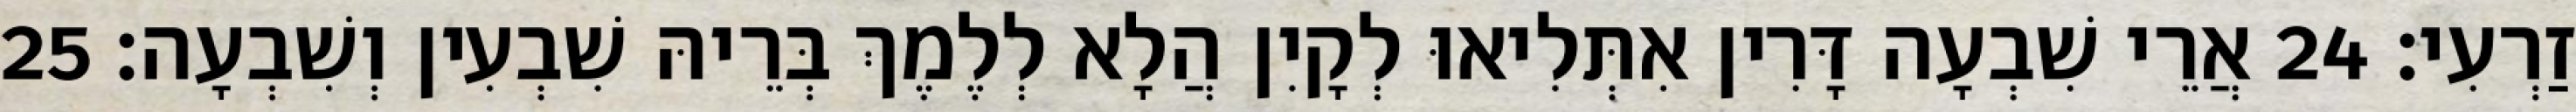
זַרְעִי׃ 24 אֲרֵי שִׁבְעָה דָּרִין אִתְּלִיאוּ לְקָיִן הֲלָא לְלֶמֶךְ בְּרֵיהּ שִׁבְעִין וְשִׁבְעָה׃ 25